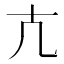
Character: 𭅠